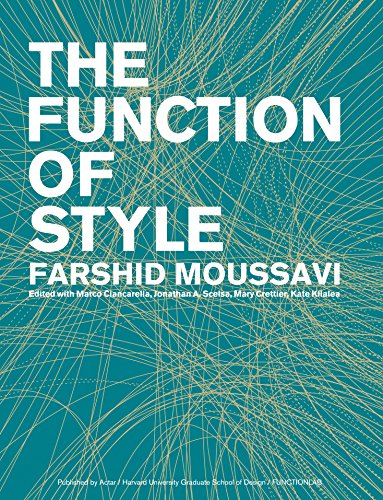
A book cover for The Function of Style; Farshid Moussavi; Arts & Photography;